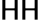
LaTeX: \mathsf{H}\mathsf{H}